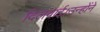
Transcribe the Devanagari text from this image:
दिलवाई।उन्होंने